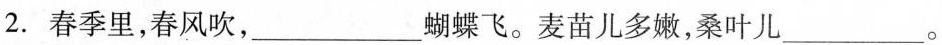
2. 春季里，春风吹，___蝴蝶飞。麦苗儿多嫩个，桑叶尔___。